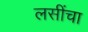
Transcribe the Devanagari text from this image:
लसींचा